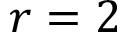
r = 2